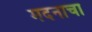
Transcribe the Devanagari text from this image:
मदनाचा